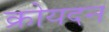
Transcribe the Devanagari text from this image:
क्रोयदन